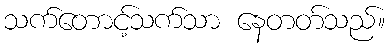
သက်တောင့်သက်သာ နေတတ်သည်။